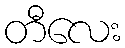
တီလေး